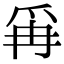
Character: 爯